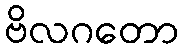
ဗိလဂတော